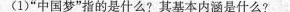
(1)”中国梦”指的是什么?其基本内涵是什么?